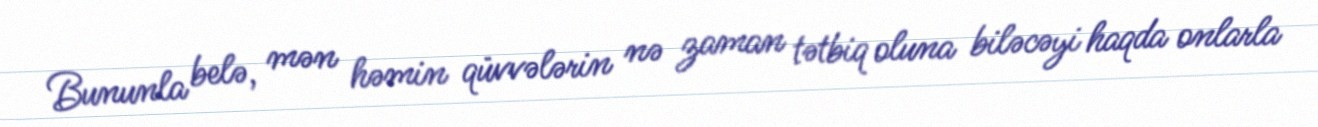
Bununla belə, mən həmin qüvvələrin nə zaman tətbiq oluna biləcəyi haqda onlarla